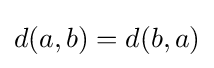
d(a,b)=d(b,a)